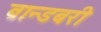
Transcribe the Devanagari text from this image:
ब्रान्डबरी